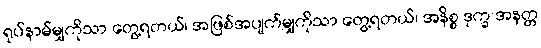
ရုပ်နာမ်မျှကိုသာ တွေ့ရတယ်၊ အဖြစ်အပျက်မျှကိုသာ တွေ့ရတယ်၊ အနိစ္စ ဒုက္ခ အနတ္တ